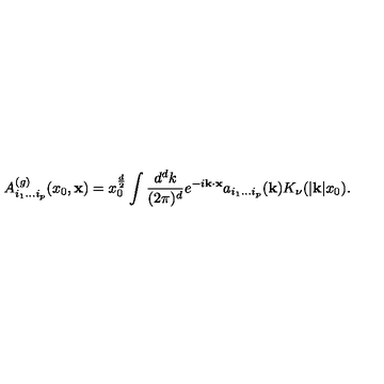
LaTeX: A _ { i _ { 1 } \ldots i _ { p } } ^ { ( g ) } ( x _ { 0 } , { \bf x } ) = x _ { 0 } ^ { \frac { d } { 2 } } \int { \frac { d ^ { d } k } { ( 2 \pi ) ^ { d } } } e ^ { - i { \bf k } \cdot { \bf x } } a _ { i _ { 1 } \ldots i _ { p } } ( { \bf k } ) K _ { \nu } ( | { \bf k } | x _ { 0 } ) .